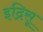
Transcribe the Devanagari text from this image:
इद्रिसू